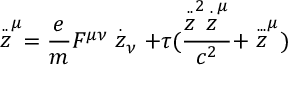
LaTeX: \stackrel { . . } { z } ^ { \mu } = \frac { e } { m } F ^ { \mu \nu } \stackrel { . } { z } _ { \nu } + \tau ( \frac { \stackrel { . . } { z } ^ { 2 } \stackrel { . } { z } ^ { \mu } } { c ^ { 2 } } + \stackrel { . . . } { z } ^ { \mu } )